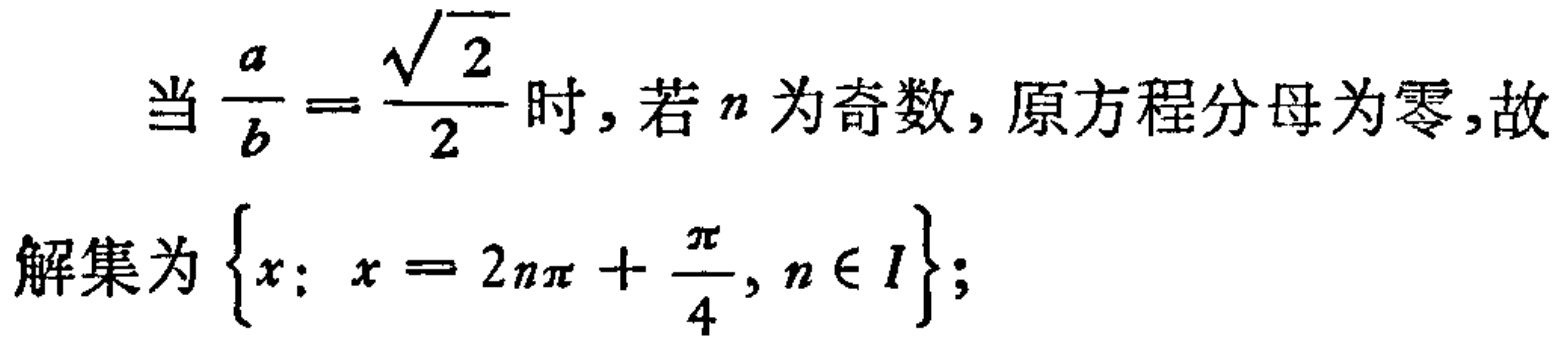
当\(\frac{a}{b}=\frac{\sqrt{2}}{2}\)时, 若\(n\)为奇数, 原方程分母为零, 故
解集为\(\left\{x: x = 2n\pi+\frac{\pi}{4}, n\in I\right\}\);